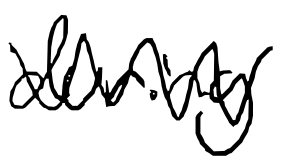
Text: during
Cross-out: zig-zag
Writing tool: digital_black